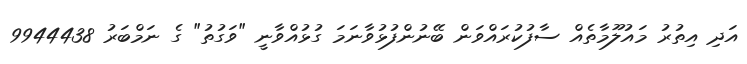
އަދި އިތުރު މައުލޫމާތެއް ސާފުކުރައްވަން ބޭނުންފުޅުވާނަމަ ގުޅުއްވާނީ "ވަގުތު" ގެ ނަމްބަރު 9944438